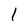
Character: 1